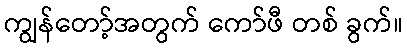
ကျွန်တော့်အတွက် ကော်ဖီ တစ် ခွက်။